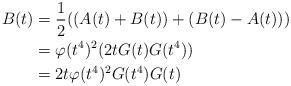
LaTeX: \begin{align*} B(t) &= \frac{1}{2}((A(t)+B(t))+(B(t)-A(t)))\\ &= \varphi(t^4)^2(2tG(t)G(t^4))\\ &= 2t\varphi(t^4)^2G(t^4)G(t)\end{align*}